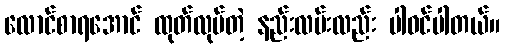
လောင်စာရအောင် ထုတ်လုပ်တဲ့ နည်းလမ်းလည်း ပါဝင်ပါတယ်။